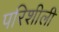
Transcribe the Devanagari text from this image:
परिशीली